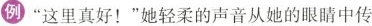
例”这里真好！”她轻柔的声音从她的眼睛中传